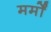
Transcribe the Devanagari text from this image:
मर्मों